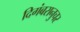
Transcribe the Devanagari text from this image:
दिगंबरानुचर